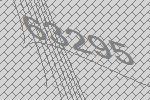
63295